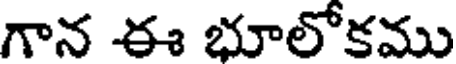
గాన ఈ భూలోకము